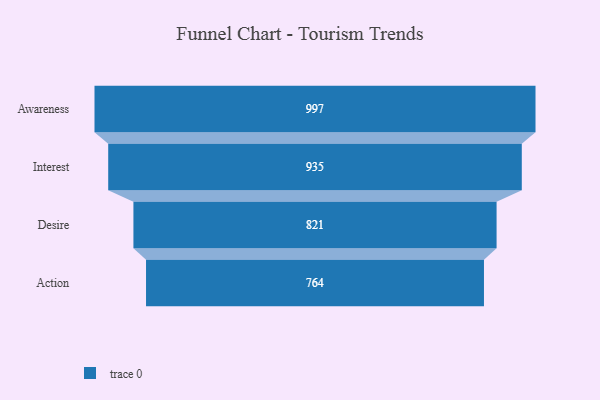
{"axis": {"x": "Stage", "y": "Value"}, "legend": [""], "data": [{"x": "Awareness", "y": 997.0, "type": ""}, {"x": "Interest", "y": 935.0, "type": ""}, {"x": "Desire", "y": 821.0, "type": ""}, {"x": "Action", "y": 764.0, "type": ""}]}